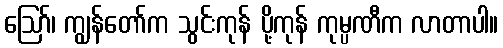
ဪ၊ ကျွန်တော်က သွင်းကုန် ပို့ကုန် ကုမ္ပဏီက လာတာပါ။